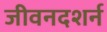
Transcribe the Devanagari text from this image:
जीवनदशर्न